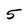
Character: 5